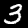
Digit: 3